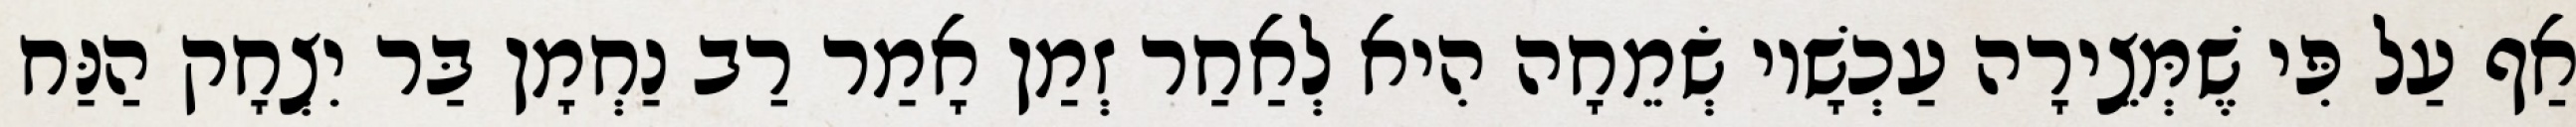
אַף עַל פִּי שֶׁמְּצֵירָה עַכְשָׁיו שְׂמֵחָה הִיא לְאַחַר זְמַן אָמַר רַב נַחְמָן בַּר יִצְחָק הַנַּח